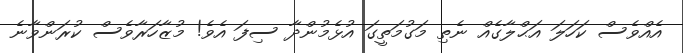
އެއްވެސް ކަހަލަ އަޙްލާގެއް ނެތި މަގުމަތީގަ އުޅެމުންދާ ސިފަ އެވެ! މުޒާހަރާވެސް ކުރަންވާނެ